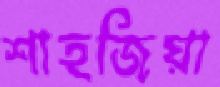
শাহজিয়া